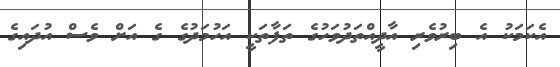
އެކަމަކު އެ ބިރުވެރި އާދީއްތަދުވަހުގެ ތަފާތަކީ އަހުމަދުގެ ގެ އަށް ވެސް އުދައިގެ